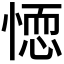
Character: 𭝼